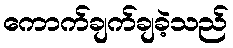
ကောက်ချက်ချခဲ့သည်